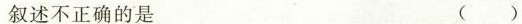
叙述不正确的是 ( )